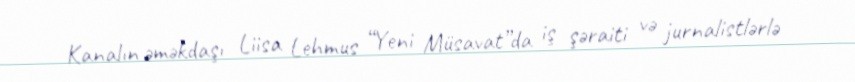
Kanalın əməkdaşı Liisa Lehmus “Yeni Müsavat”da iş şəraiti və jurnalistlərlə